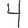
Digit: 4